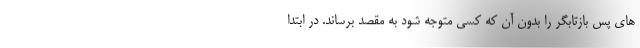
های پس بازتابگر را بدون آن که کسی متوجه شود به مقصد برساند. در ابتدا